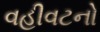
વહીવટનો